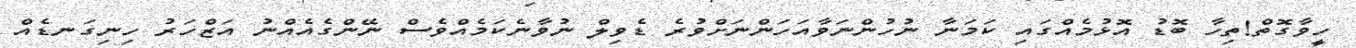
ހީވާގޮތް!ތިހާ ބޮޑު އޮޅުމެއްގައި ކަމަނާ ނުހުންނަވާއަހަންނަށްވުރެ ޑެވިލް ނުވާނެކަމެއްވެސް ނޭންގެއެއްނު އަޒްހަރު ހިނިގަނޑެއް